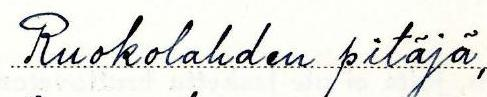
Ruokolahden pitäjä